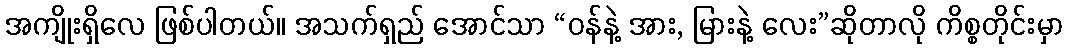
အကျိုးရှိလေ ဖြစ်ပါတယ်။ အသက်ရှည် အောင်သာ “ဝန်နဲ့ အား, မြားနဲ့ လေး”ဆိုတာလို ကိစ္စတိုင်းမှာ